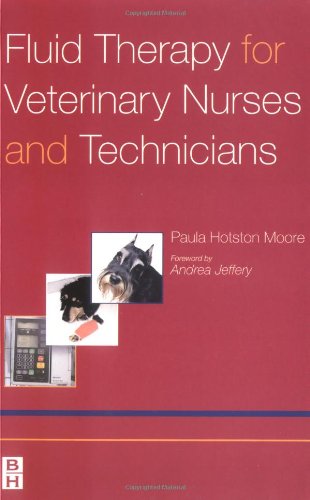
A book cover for Fluid Therapy for Veterinary Nurses and Technicians, 1e; Paula Jane Hotston Moore MEd  RVN; Medical Books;